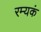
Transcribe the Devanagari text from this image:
रम्यकं